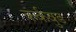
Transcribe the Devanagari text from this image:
कर्कवुड